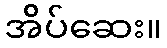
အိပ်ဆေး။